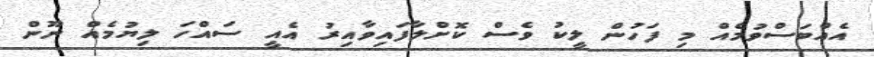
އެއްބަސްވުމެއް މި ފަހުން ލީކު ވެސް ކޮށްލާފައިވާއިރު އެއީ ސައްހަ ލިޔުމެއް ނޫން